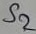
Text: S2